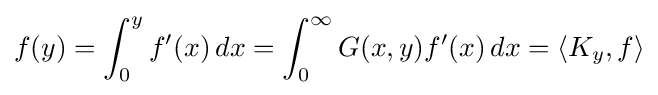
f(y)=\int _{0}^{y}f'(x)\,dx=\int _{0}^{\infty }G(x,y)f'(x)\,dx=\langle K_{y},f\rangle